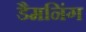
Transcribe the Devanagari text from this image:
डैमनिंग